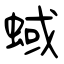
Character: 蜮